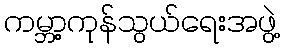
ကမ္ဘာ့ကုန်သွယ်ရေးအဖွဲ့